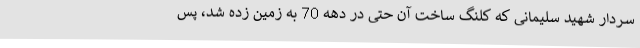
سردار شهید سلیمانی که کلنگ ساخت آن حتی در دهه 70 به زمین زده شد، پس